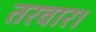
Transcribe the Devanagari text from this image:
तरवार।